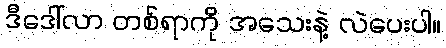
ဒီဒေါ်လာ တစ်ရာကို အသေးနဲ့ လဲပေးပါ။